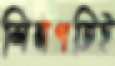
শিল্পপতিই